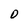
Character: D